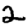
Digit: 2